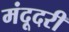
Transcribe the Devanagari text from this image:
मंदूदरी